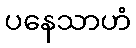
ပနေသာဟံ